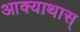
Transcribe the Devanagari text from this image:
आक्याथास्